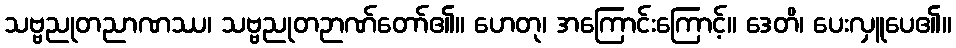
သဗ္ဗညုတညာဏဿ၊ သဗ္ဗညုတဉာဏ်တော်၏။ ဟေတု၊ အကြောင်းကြောင့်။ ဒေတိ၊ ပေးလှူပေ၏။